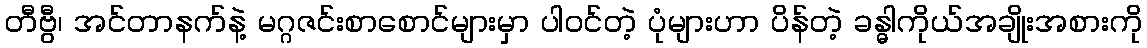
တီဗွီ၊ အင်တာနက်နဲ့ မဂ္ဂဇင်းစာစောင်များမှာ ပါဝင်တဲ့ ပုံများဟာ ပိန်တဲ့ ခန္ဓါကိုယ်အချိုးအစားကို